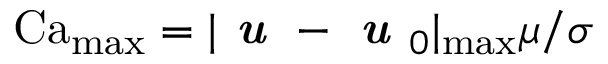
\operatorname { C a } _ { \operatorname* { m a x } } = | \textbf { \em u } - \textbf { \em u } _ { 0 } | _ { \operatorname* { m a x } } \mu / \sigma